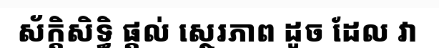
ស័ក្តិសិទ្ធិ ផ្តល់ ស្ថេរភាព ដូច ដែល វា